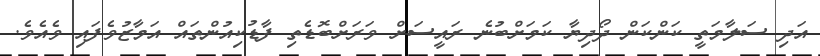
އަދި ސަލާމަތީ ކަންކަން ދޯދިޔާ ކަމަށްބުނެ ރައީސަށް ވަރަށްބޮޑެތި ފާޑުކިއުންތައް އަމާޒުވެފައި ވެއެވެ.